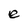
Character: e